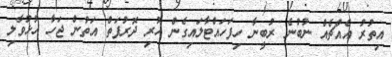
އިތުރު އެއްޗެއް ނުބުނެ ރުބީނާ ހިފަހައްޓާލައިގެން ހުރި ދޮރުފަތް އަތުން ޖަހާ ހުޅުވާލި